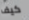
كيف